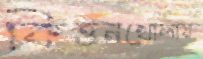
কিত্তনখোলায়